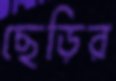
ছেড়ির